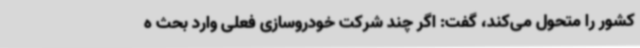
کشور را متحول می‌کند، گفت: اگر چند شرکت خودروسازی فعلی وارد بحث ه